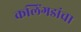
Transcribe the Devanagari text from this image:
कलिंगडांचा